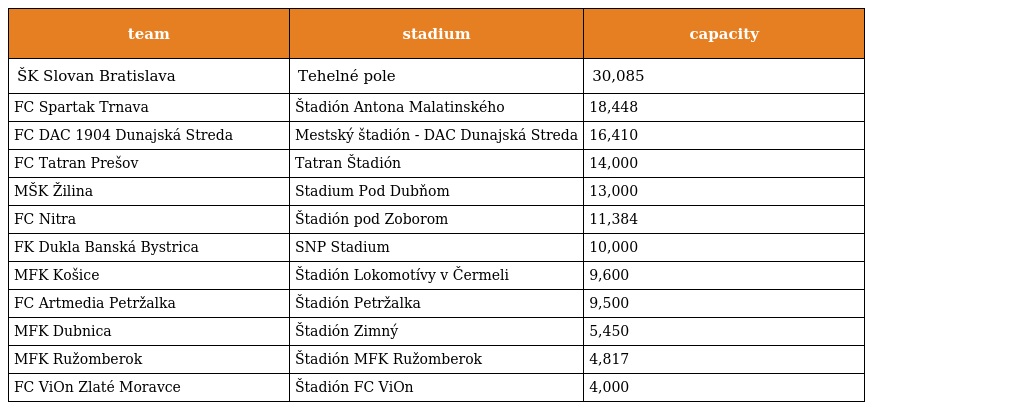
| team | stadium | capacity |
 | --- | --- | --- |
 | ŠK Slovan Bratislava | Tehelné pole | 30,085 |
 | FC Spartak Trnava | Štadión Antona Malatinského | 18,448 |
 | FC DAC 1904 Dunajská Streda | Mestský štadión - DAC Dunajská Streda | 16,410 |
 | FC Tatran Prešov | Tatran Štadión | 14,000 |
 | MŠK Žilina | Stadium Pod Dubňom | 13,000 |
 | FC Nitra | Štadión pod Zoborom | 11,384 |
 | FK Dukla Banská Bystrica | SNP Stadium | 10,000 |
 | MFK Košice | Štadión Lokomotívy v Čermeli | 9,600 |
 | FC Artmedia Petržalka | Štadión Petržalka | 9,500 |
 | MFK Dubnica | Štadión Zimný | 5,450 |
 | MFK Ružomberok | Štadión MFK Ružomberok | 4,817 |
 | FC ViOn Zlaté Moravce | Štadión FC ViOn | 4,000 |